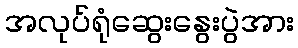
အလုပ်ရုံဆွေးနွေးပွဲအား